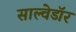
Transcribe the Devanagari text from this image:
साल्वेडॉर